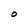
Character: O